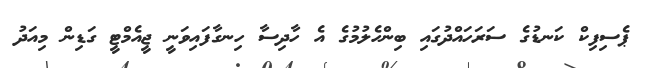
ޕެސިފިކް ކަނޑުގެ ސަރަހައްދުގައި ބިންހެލުމުގެ އެ ހާދިސާ ހިނގާފައިވަނީ ޖީއެމްޓީ ގަޑިން މިއަދު